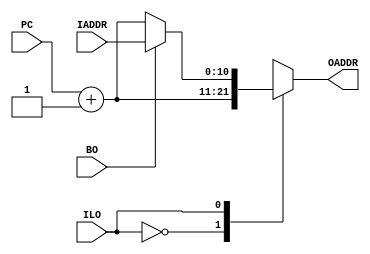
module programCounterCalculator(
PC          ,	// Program Counter (Input)
IADDR       ,   // Input Address (Input)
ILO         ,   // Increment/Load Operation Enable (Input)
BO          ,   // Branch Operation Enable (Input)
OADDR           // Output Address (Output)
);

parameter ADDR_WIDTH = 11;

//--------------Input Ports----------------------------
input   [ADDR_WIDTH-1:0]    PC;
input   [ADDR_WIDTH-1:0] 	IADDR;
input                       ILO;
input                       BO;

//--------------Output Ports---------------------------
output reg [ADDR_WIDTH-1:0] OADDR;

//--------------Internal variables---------------------
localparam INCREMENT = 1'b0;
localparam LOAD = 1'b1;

//-------------Processing Starts Here------------------

always @ (PC or IADDR or ILO or BO) begin
    case (ILO)
		INCREMENT: OADDR = PC + 1'b1;
		LOAD: begin
		    if (BO) begin
		        OADDR = IADDR;
		    end else begin
		        OADDR = PC + 1'b1;
		    end
		end
		default: OADDR = PC + 1'b1;
	endcase
end

endmodule